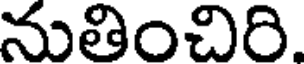
నుతించిరి.